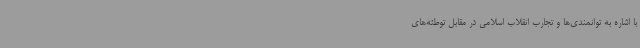
با اشاره به توانمندی‌ها و تجارب انقلاب اسلامی در مقابل توطئه‌های